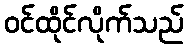
ဝင်ထိုင်လိုက်သည်